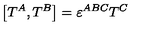
\left[ T ^ { A } , T ^ { B } \right] = \varepsilon ^ { A B C } T ^ { C } \,